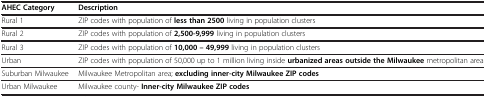
<table><thead><tr><td><b>AHEC Category</b></td><td><b>Description</b></td></tr></thead><tbody><tr><td>Rural 1</td><td>ZIP codes with population of <b>less than 2500</b> living in population clusters</td></tr><tr><td>Rural 2</td><td>ZIP codes with population of <b>2,500-9,999</b> living in population clusters</td></tr><tr><td>Rural 3</td><td>ZIP codes with population of <b>10,000 – 49,999</b> living in population clusters</td></tr><tr><td>Urban</td><td>ZIP codes with population of 50,000 up to 1 million living inside <b>urbanized areas outside the Milwaukee</b> metropolitan area</td></tr><tr><td>Suburban Milwaukee</td><td>Milwaukee Metropolitan area; <b>excluding inner-city Milwaukee ZIP codes</b></td></tr><tr><td>Urban Milwaukee</td><td>Milwaukee county- <b>Inner-city Milwaukee ZIP codes</b></td></tr></tbody></table>